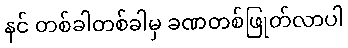
နင် တစ်ခါတစ်ခါမှ ခဏတစ်ဖြုတ်လာပါ